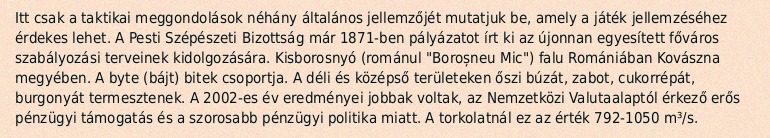
Itt csak a taktikai meggondolások néhány általános jellemzőjét mutatjuk be, amely a játék jellemzéséhez érdekes lehet. A Pesti Szépészeti Bizottság már 1871-ben pályázatot írt ki az újonnan egyesített főváros szabályozási terveinek kidolgozására. Kisborosnyó (románul "Boroșneu Mic") falu Romániában Kovászna megyében. A byte (bájt) bitek csoportja. A déli és középső területeken őszi búzát, zabot, cukorrépát, burgonyát termesztenek. A 2002-es év eredményei jobbak voltak, az Nemzetközi Valutaalaptól érkező erős pénzügyi támogatás és a szorosabb pénzügyi politika miatt. A torkolatnál ez az érték 792-1050 m³/s.